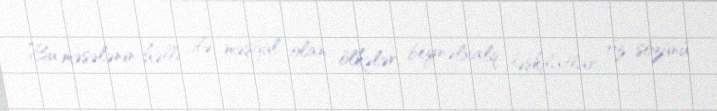
Bu məsələnin həlli ilə məşğul olan ölkələr, beynəlxalq təşkilatlar öz sözünü